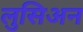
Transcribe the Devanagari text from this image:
लुसिअन